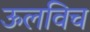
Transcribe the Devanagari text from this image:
ऊलविच